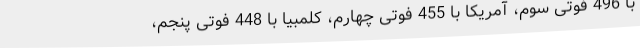
با 496 فوتی سوم، آمریکا با 455 فوتی چهارم، کلمبیا با 448 فوتی پنجم،